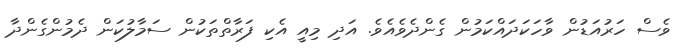
ވެސް ހަރުއަޑުން ވާހަކަދައްކަމުން ގެންދެވެއެވެ. އަދި މިއީ އެކި ފަރާތްތަކުން ސަމާލުކަން ދެމުންގެންދާ